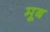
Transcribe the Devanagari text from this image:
मूब